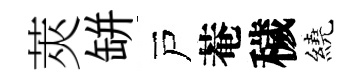
莢缾戸菴穢繞